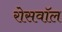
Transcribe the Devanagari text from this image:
रोसवॉल